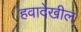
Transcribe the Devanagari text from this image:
हवादेखील